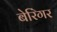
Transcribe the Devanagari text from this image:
बेरिंगर